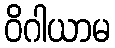
ဝိဂါယာမ